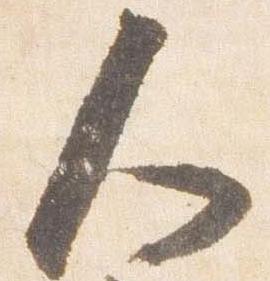
人